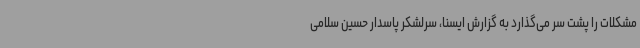
مشکلات را پشت سر می‌گذارد به گزارش ایسنا، سرلشکر پاسدار حسین سلامی